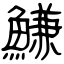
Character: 鰜